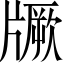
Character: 𱭡